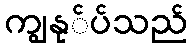
ကျွနု်ပ်သည်